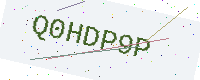
Text: Q0HDP9P